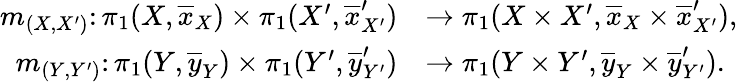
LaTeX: \begin{array}{rl}{m_{(X,X^{\prime})}\colon\pi_{1}(X,\overline{{x}}_{X})\times\pi_{1}(X^{\prime},\overline{{x}}_{X^{\prime}}^{\prime})}&{\to\pi_{1}(X\times X^{\prime},\overline{{x}}_{X}\times\overline{{x}}_{X^{\prime}}^{\prime}),}\\ {m_{(Y,Y^{\prime})}\colon\pi_{1}(Y,\overline{{y}}_{Y})\times\pi_{1}(Y^{\prime},\overline{{y}}_{Y^{\prime}}^{\prime})}&{\to\pi_{1}(Y\times Y^{\prime},\overline{{y}}_{Y}\times\overline{{y}}_{Y^{\prime}}^{\prime}).}\end{array}